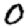
Digit: 0